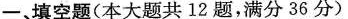
一、填空题(本大题共12题，满分36分)